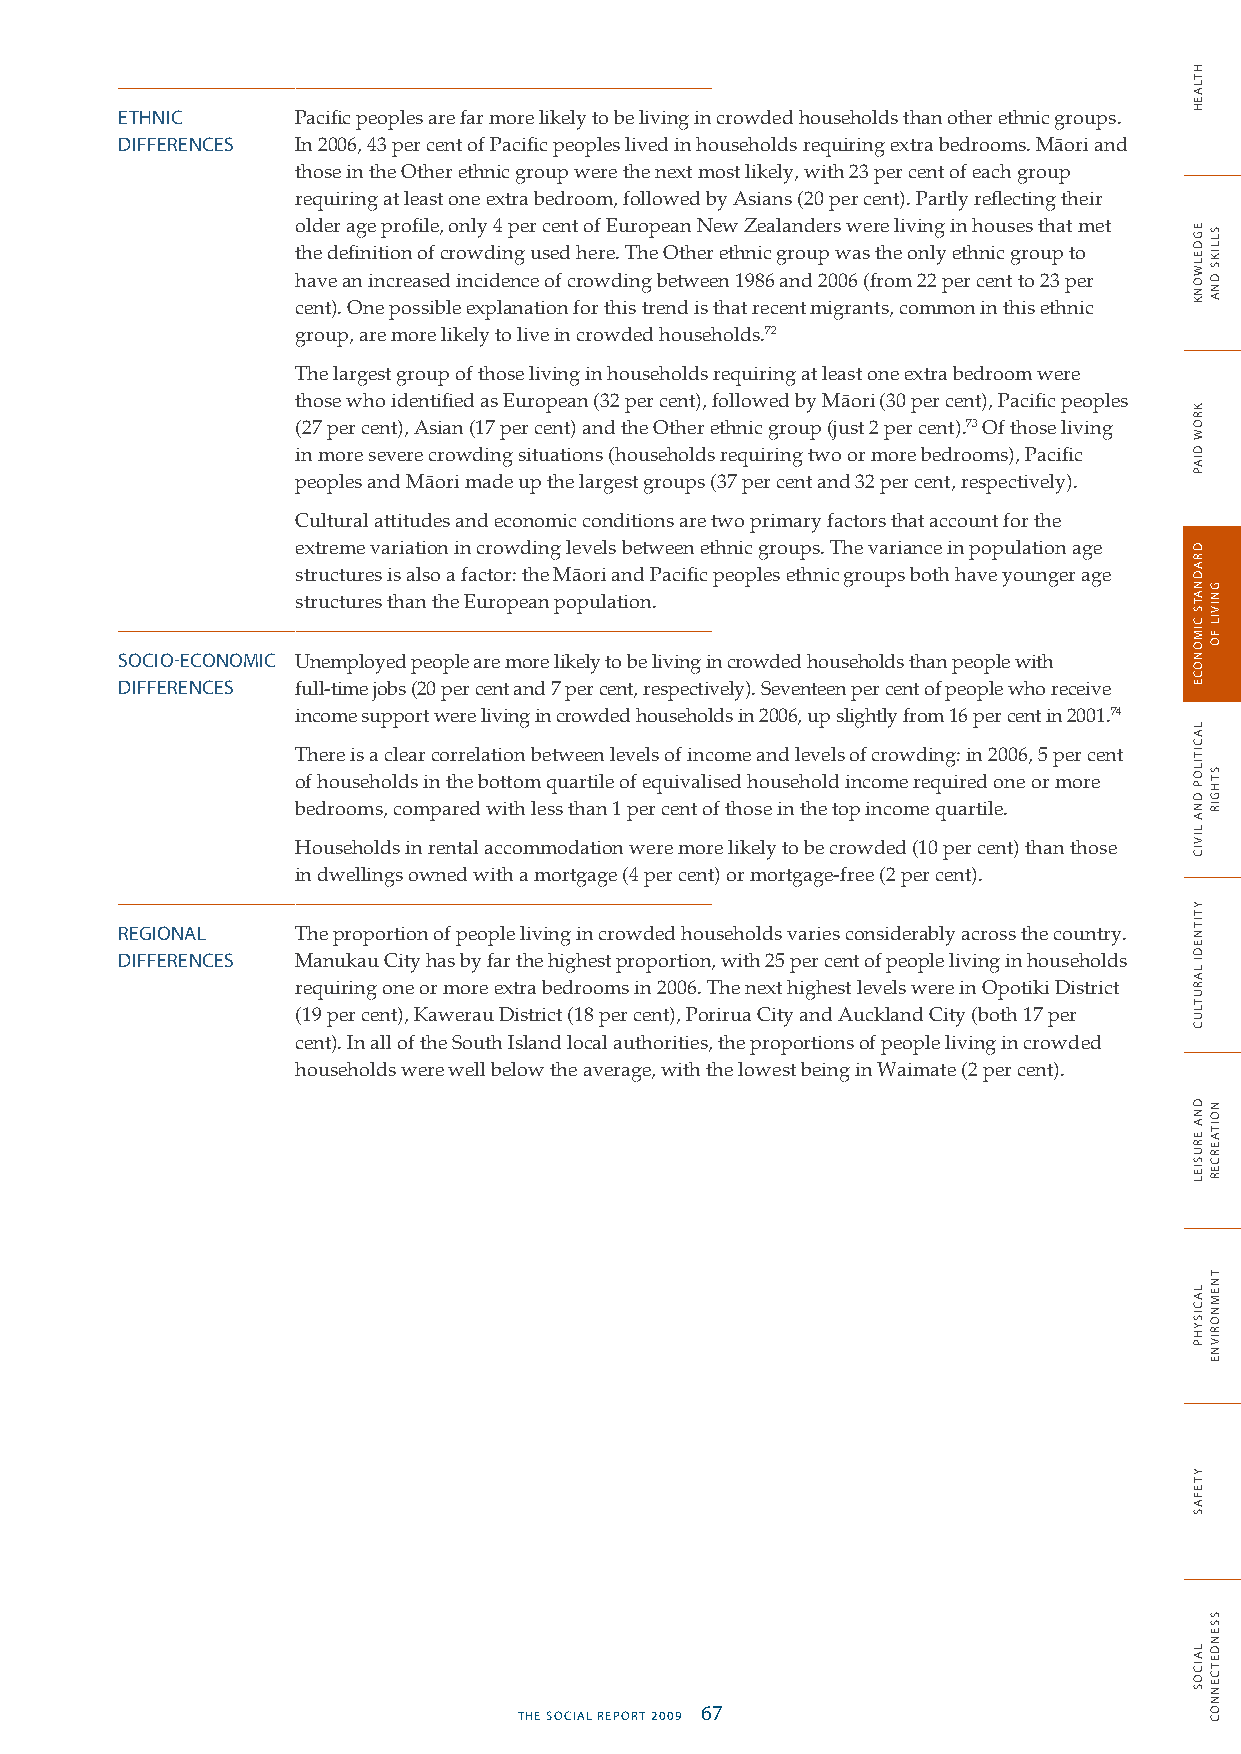
ETHNIC      Pacific peoples are far more likely to be living in crowded households than other ethnic groups.
 DIFFERENCES In 2006, 43 per cent of Pacific peoples lived in households requiring extra bedrooms. Mäori and
 those in the Other ethnic group were the next most likely, with 23 per cent of each group
 requiring at least one extra bedroom, followed by Asians (20 per cent). Partly reflecting their
 older age profile, only 4 per cent of European New Zealanders were living in houses that met
 the definition of crowding used here. The Other ethnic group was the only ethnic group to
 have an increased incidence of crowding between 1986 and 2006 (from 22 per cent to 23 per
 cent). One possible explanation for this trend is that recent migrants, common in this ethnic
 group, are more likely to live in crowded households.72
 The largest group of those living in households requiring at least one extra bedroom were
 those who identified as European (32 per cent), followed by Mäori (30 per cent), Pacific peoples
 (27 per cent), Asian (17 per cent) and the Other ethnic group (just 2 per cent).73 Of those living
 in more severe crowding situations (households requiring two or more bedrooms), Pacific
 peoples and Mäori made up the largest groups (37 per cent and 32 per cent, respectively).
 Cultural attitudes and economic conditions are two primary factors that account for the
 extreme variation in crowding levels between ethnic groups. The variance in population age
 structures is also a factor: the Mäori and Pacific peoples ethnic groups both have younger age
 structures than the European population.
 SOCIO-ECONOMIC Unemployed people are more likely to be living in crowded households than people with
 DIFFERENCES full-time jobs (20 per cent and 7 per cent, respectively). Seventeen per cent of people who receive
 income support were living in crowded households in 2006, up slightly from 16 per cent in 2001.74
 There is a clear correlation between levels of income and levels of crowding: in 2006, 5 per cent
 of households in the bottom quartile of equivalised household income required one or more
 bedrooms, compared with less than 1 per cent of those in the top income quartile.
 Households in rental accommodation were more likely to be crowded (10 per cent) than those
 in dwellings owned with a mortgage (4 per cent) or mortgage-free (2 per cent).
 REGIONAL    The proportion of people living in crowded households varies considerably across the country.
 DIFFERENCES Manukau City has by far the highest proportion, with 25 per cent of people living in households
 requiring one or more extra bedrooms in 2006. The next highest levels were in Opotiki District
 (19 per cent), Kawerau District (18 per cent), Porirua City and Auckland City (both 17 per
 cent). In all of the South Island local authorities, the proportions of people living in crowded
 households were well below the average, with the lowest being in Waimate (2 per cent).
 66 THE SOCIAL REPORT 2009         THE SOCIAL REPORT 2009 67
 HTLAEH
 EGDELWONK
 KROW
 DIAP
 DRADNATS
 CIMONOCE
 LACITILOP
 DNA
 LIVIC
 YTITNEDI
 LARUTLUC
 DNA
 ERUSIEL
 LACISYHP
 YTEFAS
 LAICOS
 SLLIKS
 DNA
 GNIVIL
 FO
 STHGIR
 NOITAERCER
 TNEMNORIVNE
 SSENDETCENNOC